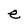
Character: e